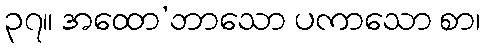
၃၇။ အထော’ဘာသော ပကာသော စာ၊